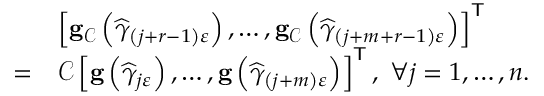
\begin{array} { r l } & { \left[ \mathbf { g } _ { \mathcal { C } } \left( \widehat { \gamma } _ { \left( j + r - 1 \right) \varepsilon } \right) , \ldots , \mathbf { g } _ { \mathcal { C } } \left( \widehat { \gamma } _ { \left( j + m + r - 1 \right) \varepsilon } \right) \right] ^ { \mathsf { T } } } \\ { = } & { \mathcal { C } \left[ \mathbf { g } \left( \widehat { \gamma } _ { j \varepsilon } \right) , \ldots , \mathbf { g } \left( \widehat { \gamma } _ { \left( j + m \right) \varepsilon } \right) \right] ^ { \mathsf { T } } , \; \forall j = 1 , \ldots , n . } \end{array}